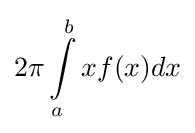
2\pi \int \limits _{a}^{b}xf(x)dx